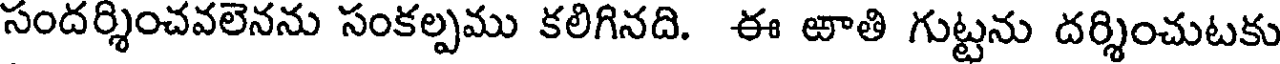
సందర్శించవలెనను సంకల్పము కలిగినది. ఈ ఱాతి గుట్టను దర్శించుటకు